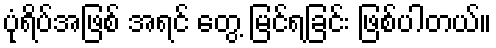
ပုံရိပ်အဖြစ် အရင် တွေ့ မြင်ရခြင်း ဖြစ်ပါတယ်။